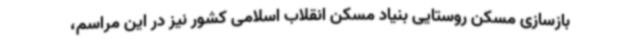
بازسازی مسکن روستایی بنیاد مسکن انقلاب اسلامی کشور نیز در این مراسم،